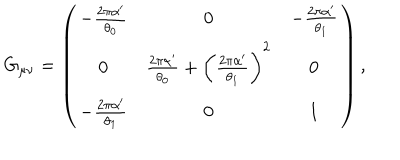
G _ { \mu \nu } = \left( \begin{array} { c c c } { { - \frac { 2 \pi \alpha ^ { \prime } } { \theta _ { 0 } } } } & { { 0 } } & { { - \frac { 2 \pi \alpha ^ { \prime } } { \theta _ { 1 } } } } \\ { { 0 } } & { { \frac { 2 \pi \alpha ^ { \prime } } { \theta _ { 0 } } + \biggl ( \frac { 2 \pi \alpha ^ { \prime } } { \theta _ { 1 } } \biggr ) ^ { 2 } } } & { { 0 } } \\ { { - \frac { 2 \pi \alpha ^ { \prime } } { \theta _ { 1 } } } } & { { 0 } } & { { 1 } } \\ \end{array} \right) ,